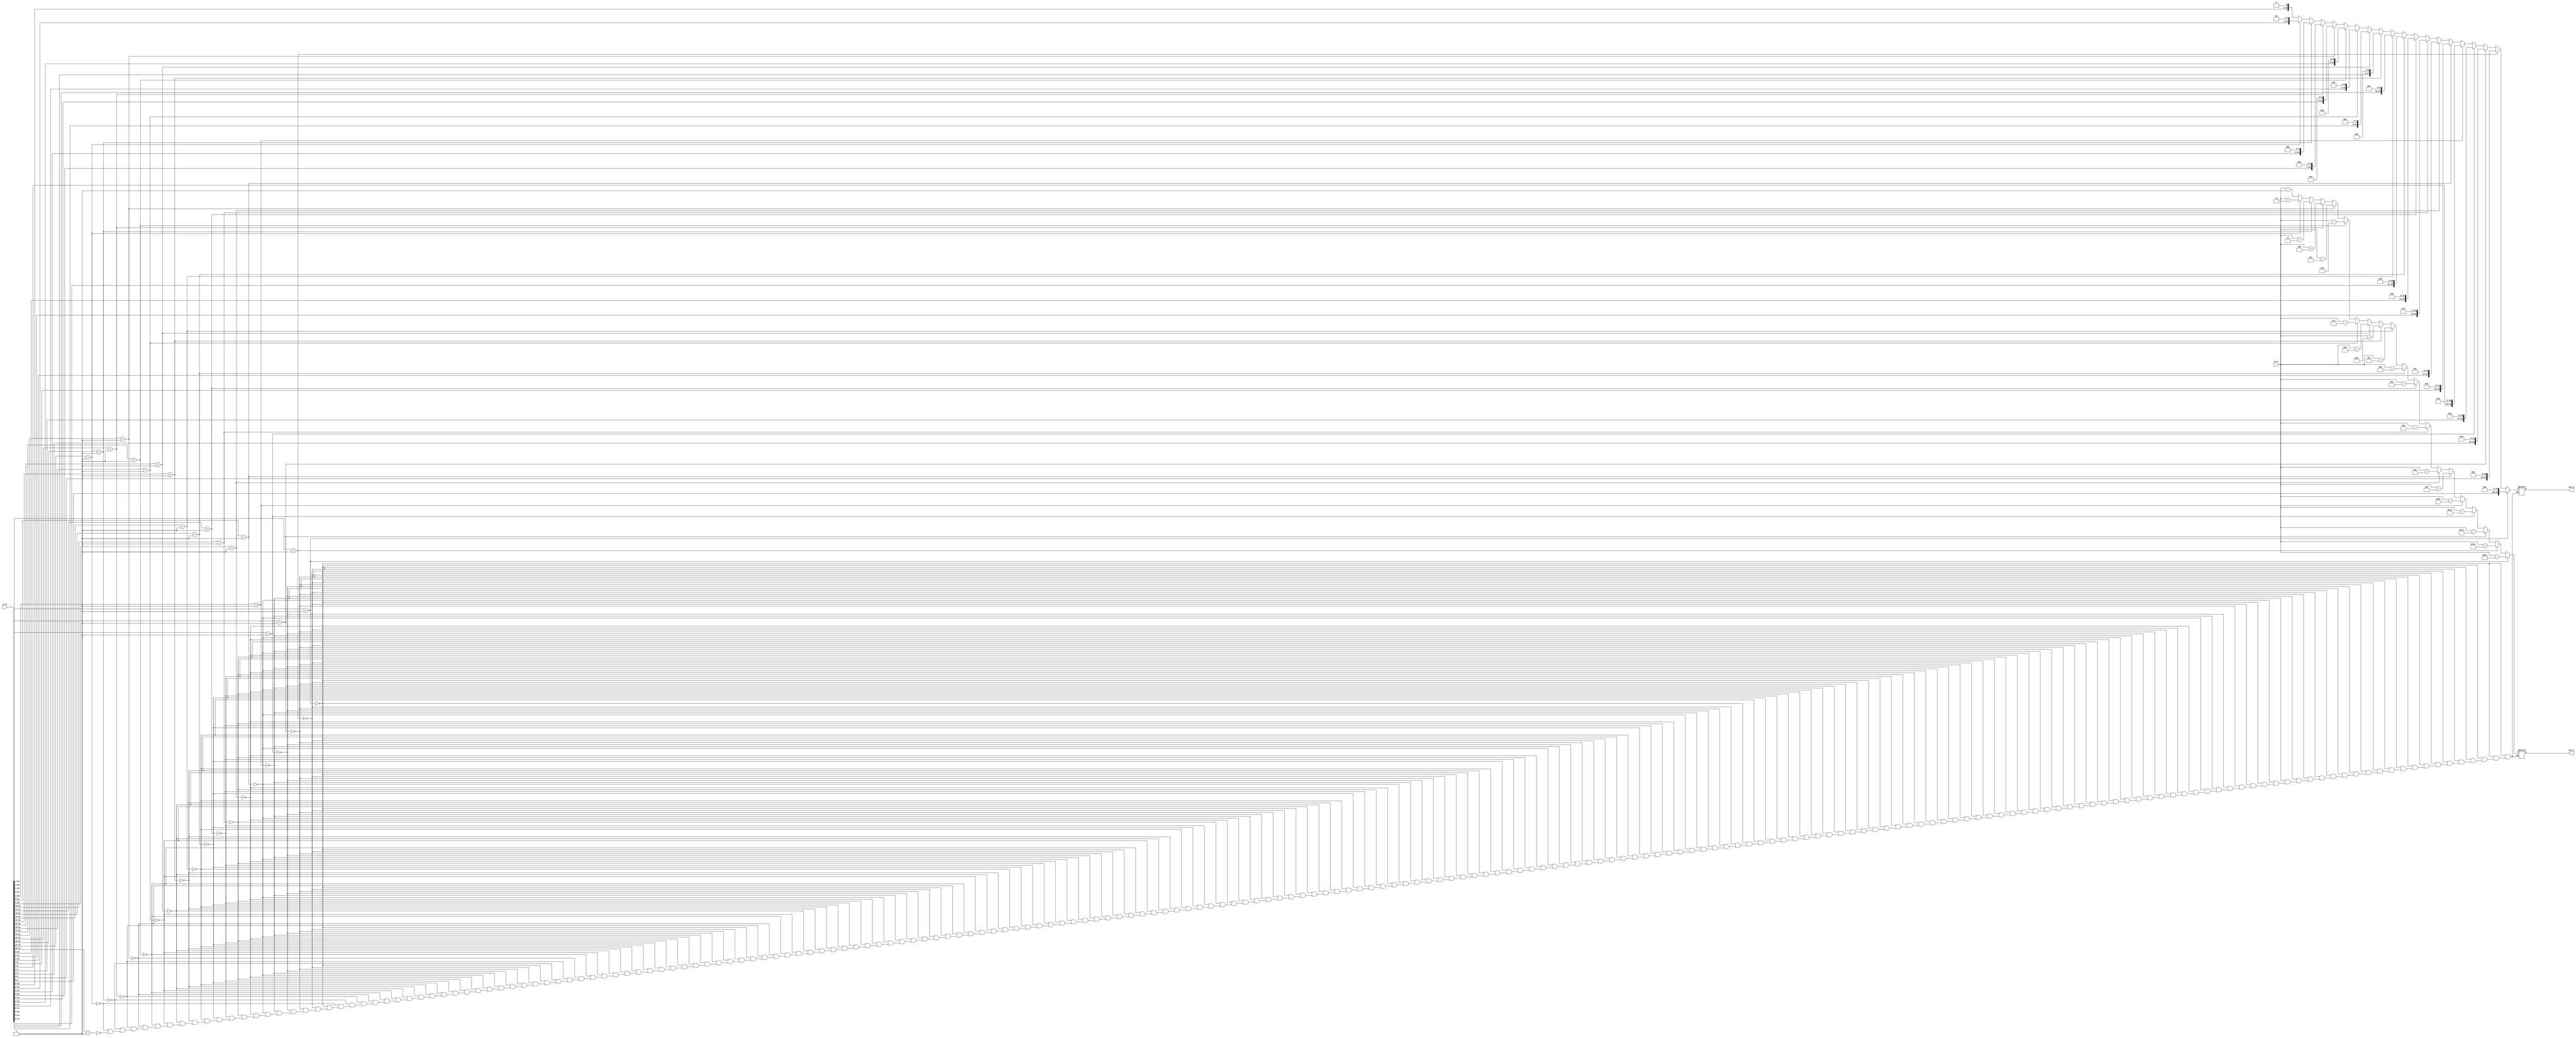
module addition_normaliser(in_e, in_m, out_e, out_m);
  input [7:0] in_e;
  input [24:0] in_m;
  output [7:0] out_e;
  output [24:0] out_m;
  wire [7:0] in_e;
  wire [24:0] in_m;
  reg [7:0] out_e;
  reg [24:0] out_m;
  always @ ( * ) begin
		if (in_m[23:3] == 21'b000000000000000000001) begin
			out_e = in_e - 20;
			out_m = in_m << 20;
		end else if (in_m[23:4] == 20'b00000000000000000001) begin
			out_e = in_e - 19;
			out_m = in_m << 19;
		end else if (in_m[23:5] == 19'b0000000000000000001) begin
			out_e = in_e - 18;
			out_m = in_m << 18;
		end else if (in_m[23:6] == 18'b000000000000000001) begin
			out_e = in_e - 17;
			out_m = in_m << 17;
		end else if (in_m[23:7] == 17'b00000000000000001) begin
			out_e = in_e - 16;
			out_m = in_m << 16;
		end else if (in_m[23:8] == 16'b0000000000000001) begin
			out_e = in_e - 15;
			out_m = in_m << 15;
		end else if (in_m[23:9] == 15'b000000000000001) begin
			out_e = in_e - 14;
			out_m = in_m << 14;
		end else if (in_m[23:10] == 14'b00000000000001) begin
			out_e = in_e - 13;
			out_m = in_m << 13;
		end else if (in_m[23:11] == 13'b0000000000001) begin
			out_e = in_e - 12;
			out_m = in_m << 12;
		end else if (in_m[23:12] == 12'b000000000001) begin
			out_e = in_e - 11;
			out_m = in_m << 11;
		end else if (in_m[23:13] == 11'b00000000001) begin
			out_e = in_e - 10;
			out_m = in_m << 10;
		end else if (in_m[23:14] == 10'b0000000001) begin
			out_e = in_e - 9;
			out_m = in_m << 9;
		end else if (in_m[23:15] == 9'b000000001) begin
			out_e = in_e - 8;
			out_m = in_m << 8;
		end else if (in_m[23:16] == 8'b00000001) begin
			out_e = in_e - 7;
			out_m = in_m << 7;
		end else if (in_m[23:17] == 7'b0000001) begin
			out_e = in_e - 6;
			out_m = in_m << 6;
		end else if (in_m[23:18] == 6'b000001) begin
			out_e = in_e - 5;
			out_m = in_m << 5;
		end else if (in_m[23:19] == 5'b00001) begin
			out_e = in_e - 4;
			out_m = in_m << 4;
		end else if (in_m[23:20] == 4'b0001) begin
			out_e = in_e - 3;
			out_m = in_m << 3;
		end else if (in_m[23:21] == 3'b001) begin
			out_e = in_e - 2;
			out_m = in_m << 2;
		end else if (in_m[23:22] == 2'b01) begin
			out_e = in_e - 1;
			out_m = in_m << 1;
		end
  end
endmodule